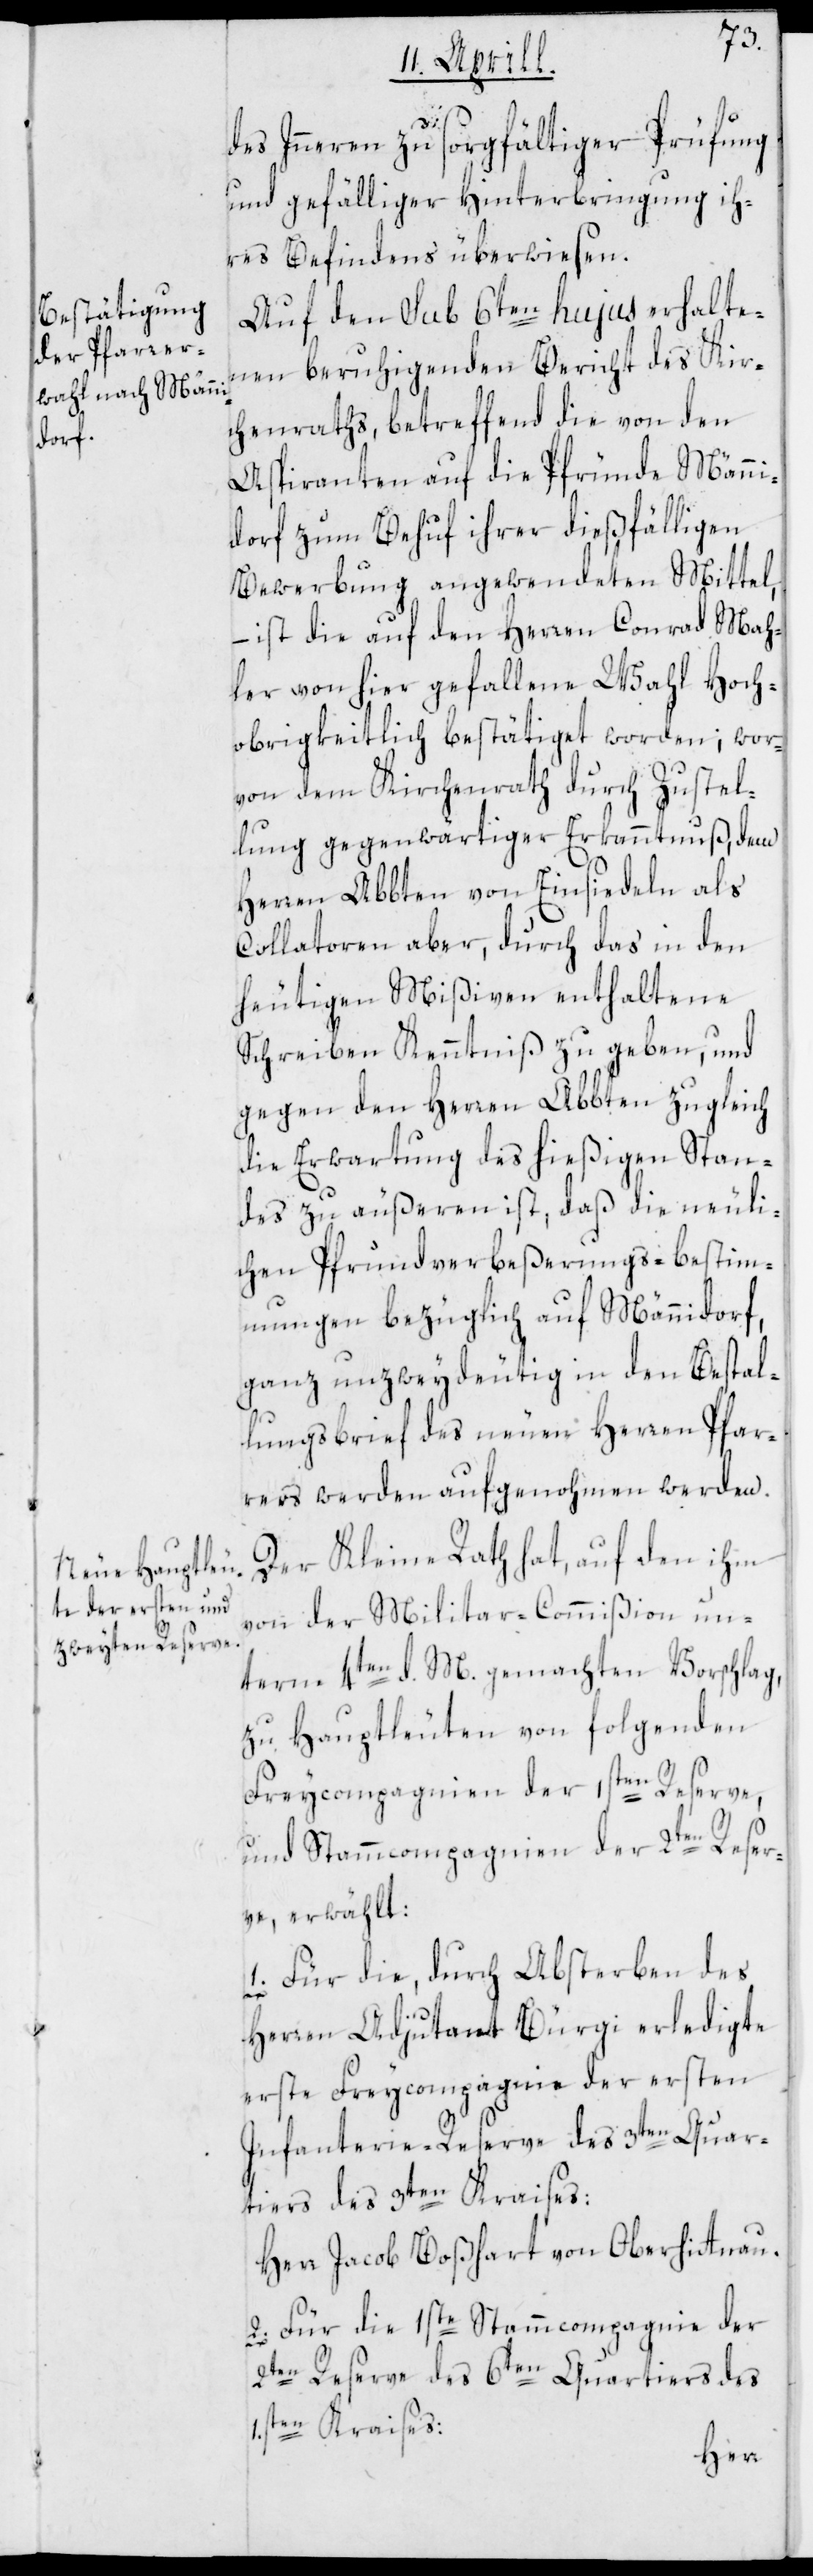
des Inneren zu sorgfältiger Prüfung
und gefälliger Hinterbringung ih¬
res Befindens überwiesen.
Auf den sub 6ten hujus erhalte¬
nen beruhigenden Bericht des Kir¬
chenraths, betreffend die von den
Aspiranten auf die Pfründe Männi¬
dorf zum Behuf ihrer dießfälligen
Bewerbung angewendeten Mittel,
– ist die auf den Herren Conrad Mah¬
ler von hier gefallene Wahl Hoch¬
obrigkeitlich bestätiget worden; wor¬
von dem Kirchenrath durch Zustel¬
lung gegenwärtiger Erkanntnuß, dem
Herren Abbten von Einsiedeln als
Collatoren aber, durch das in den
heutigen Mißiven enthaltene
Schreiben Kenntniß zu geben, und
gegen den Herren Abbten zugleich
die Erwartung des hießigen Stan¬
des zu äußeren ist, daß die neuli¬
chen Pfrundverbeßerungs-bestim¬
mungen bezüglich auf Männidorf,
ganz unzweydeutig in den Bestal¬
lungsbrief des neuen Herren Pfar¬
rers werden aufgenohmen werden.
Der Kleine Rath hat, auf den ihm
von der Militar-Commißion un¬
term 4ten d. M. gemachten Vorschlag,
zu Hauptleuten von folgenden
Freycompagnien der 1sten Reserve,
und Stammcompagnien der 2ten Reser¬
ve, erwählt:
1. Für die, durch Absterben des
Herren Adjudant Bürgi erledigte
erste Freycompagnie der ersten
Infanterie-Reserve des 3ten Quar¬
tiers des 3ten Kraises:
Herr Jacob Boßhart von Oberhittnau.
2. Für die 1ste Stammcompagnie der
2ten Reserve des 6ten Quartiers des
1sten Kraises: